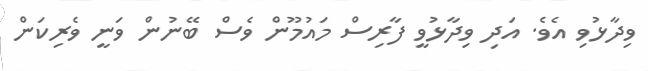
ވިދާޅުވި އެވެ. އަދި ވިދާޅުވީ ފާރިސް މައުމޫން ވެސް ބޭނުން ވަނީ ވެރިކަން